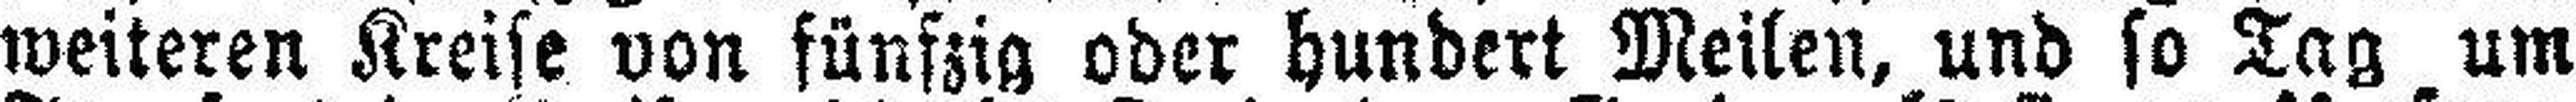
weiteren Kreise von fünfzig oder hundert Meilen, und so Tag um